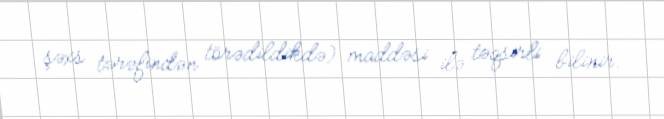
şəxs tərəfindən törədildikdə) maddəsi ilə təqsirli bilinir.